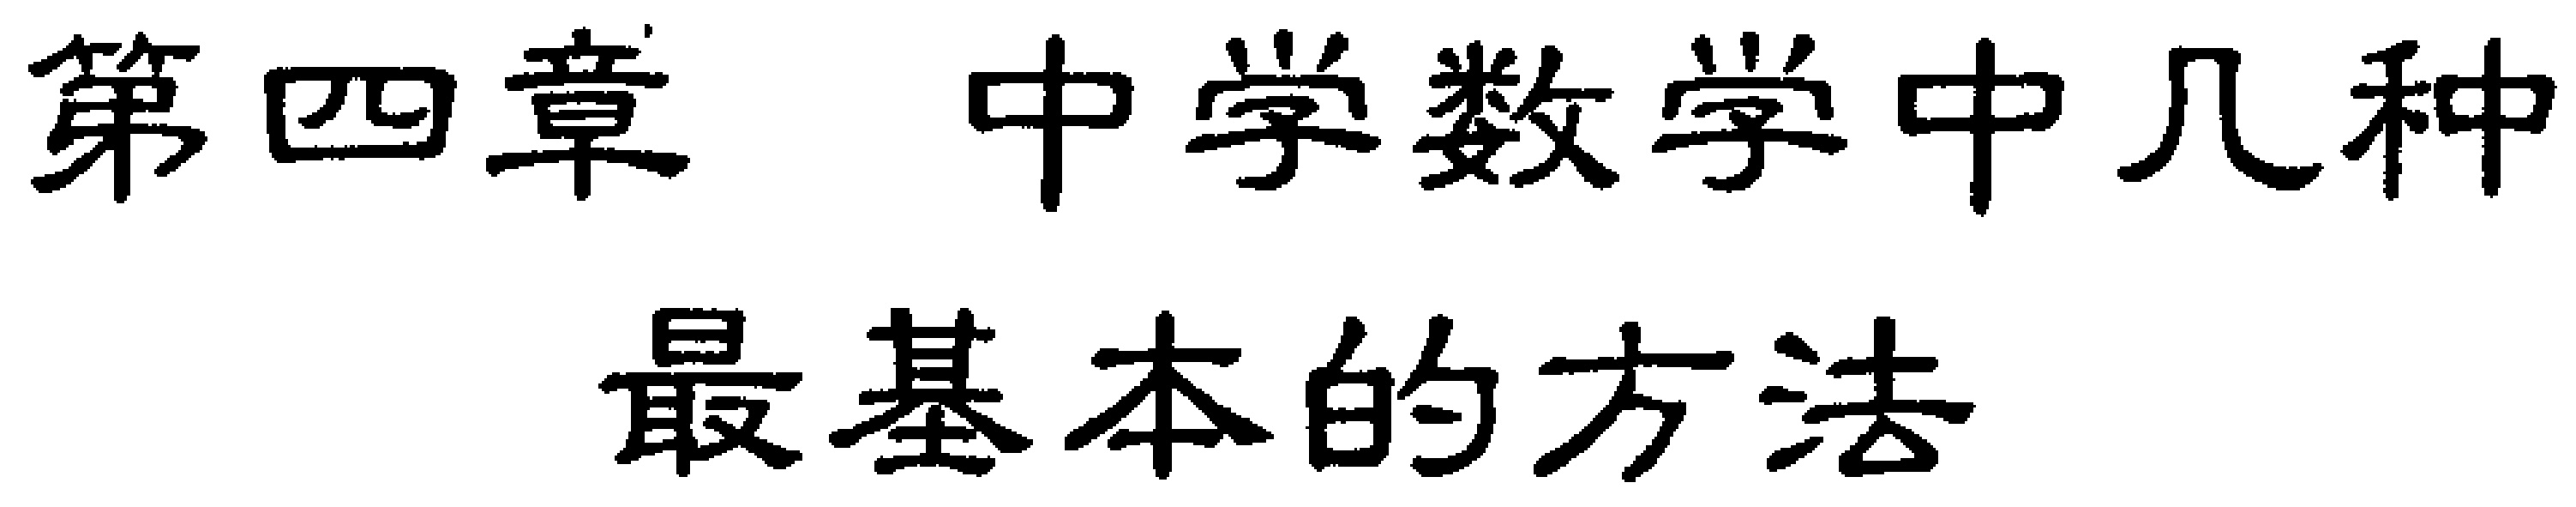
第四章 中学数学中几种最基本的方法